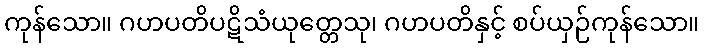
ကုန်သော။ ဂဟပတိပဋိသံယုတ္တေသု၊ ဂဟပတိနှင့် စပ်ယှဉ်ကုန်သော။